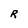
Character: R